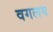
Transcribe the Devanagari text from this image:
वगलय